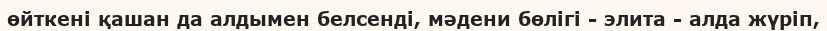
өйткені қашан да алдымен белсенді, мәдени бөлігі - элита - алда жүріп,